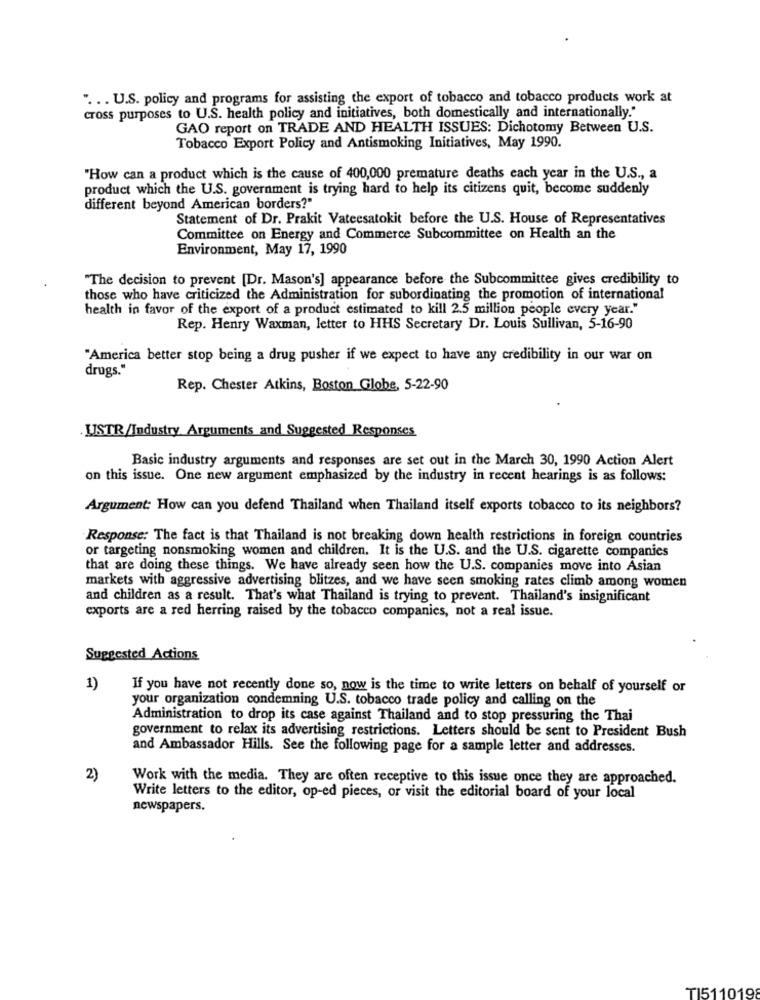
". .. U.S. policy and programs for assisting the export of tobacco and tobacco products work at
cross purposes to U.S. health policy and initiatives, both domestically and internationally."
GAO report on TRADE AND HEALTH ISSUES: Dichotomy Between U.S.
Tobacco Export Policy and Antismoking Initiatives, May 1990.
"How can a product which is the cause of 400,000 premature deaths each year in the U.S ., a
product which the U.S. government is trying hard to help its citizens quit, become suddenly
different beyond American borders?"
Statement of Dr. Prakit Vateesatokit before the U.S. House of Representatives
Committee on Energy and Commerce Subcommittee on Health an the
Environment, May 17, 1990
"The decision to prevent [Dr. Mason's] appearance before the Subcommittee gives credibility to
those who have criticized the Administration for subordinating the promotion of international
health in favor of the export of a product estimated to kill 2.5 million people every year."
Rep. Henry Waxman, letter to HHS Secretary Dr. Louis Sullivan, 5-16-90
"America better stop being a drug pusher if we expect to have any credibility in our war on
drugs."
Rep. Chester Atkins, Boston Globe, 5-22-90
.USTR/Industry Arguments and Suggested Responses
Basic industry arguments and responses are set out in the March 30, 1990 Action Alert
on this issue. One new argument emphasized by the industry in recent hearings is as follows:
Argument: How can you defend Thailand when Thailand itself exports tobacco to its neighbors?
Response: The fact is that Thailand is not breaking down health restrictions in foreign countries
or targeting nonsmoking women and children. It is the U.S. and the U.S. cigarette companies
that are doing these things. We have already seen how the U.S. companies move into Asian
markets with aggressive advertising blitzes, and we have seen smoking rates climb among women
and children as a result. That's what Thailand is trying to prevent. Thailand's insignificant
exports are a red herring raised by the tobacco companies, not a real issue.
Suggested Actions
1)
If you have not recently done so, now is the time to write letters on behalf of yourself or
your organization condemning U.S. tobacco trade policy and calling on the
Administration to drop its case against Thailand and to stop pressuring the Thai
government to relax its advertising restrictions. Letters should be sent to President Bush
and Ambassador Hills. See the following page for a sample letter and addresses.
2)
Work with the media. They are often receptive to this issue once they are approached.
Write letters to the editor, op-ed pieces, or visit the editorial board of your local
newspapers.
TI511019